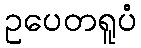
ဥပေတရူပံ